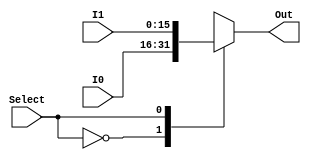
module Mux_2to1_16bit (I0, I1, Select, Out);

  // ports
  input wire [15:0] I0;
  input wire [15:0] I1;
  input wire Select;
  output reg [15:0] Out;

  // internal
  reg error;

  always @(I0,I1,Select) begin
    case (Select)
      1'b0: begin
        Out = I0;
        error = 0;
      end
      1'b1: begin
        Out = I1;
        error = 0;
      end
      default: error=1; // Default case 
    endcase
  end

endmodule